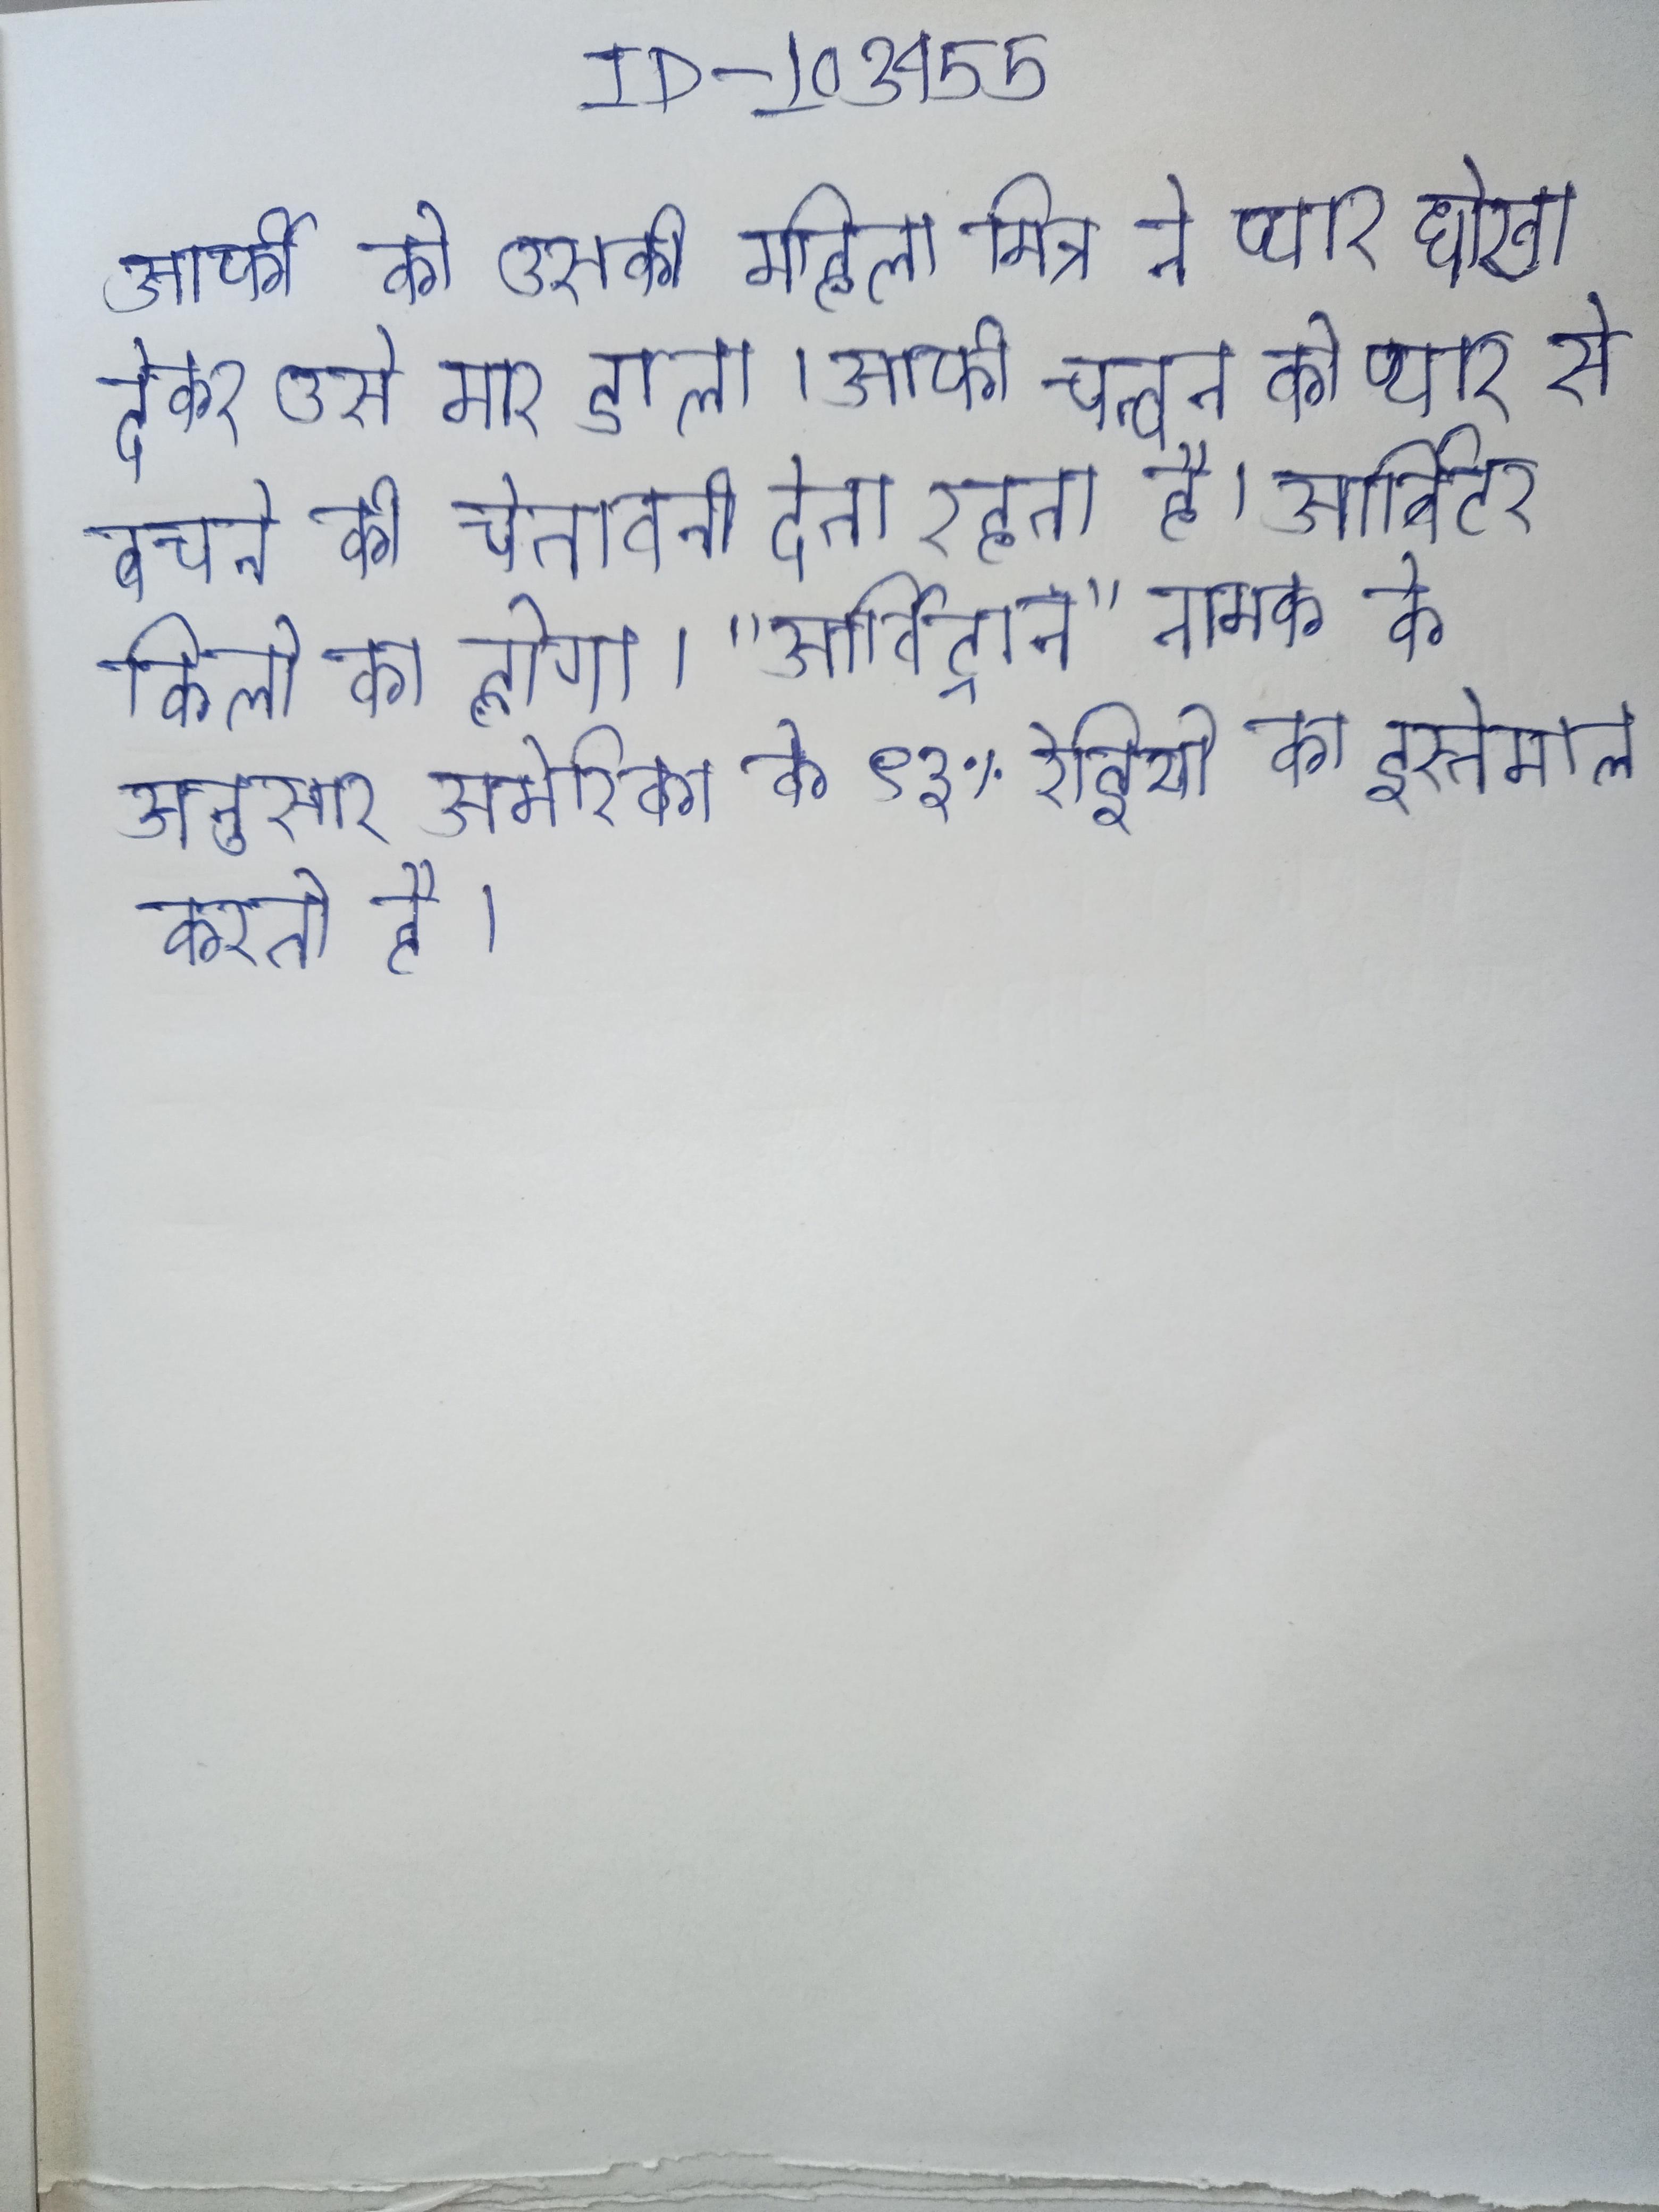
आर्फी को उसकी महिला मित्र ने प्यार धोखा देकर उसे मार डाला । आर्फी चन्दन को प्यार से बचने की चेतावनी देता रहता है । आर्बिटर किलो का होगा । "आर्बिट्रान" नामक के अनुसार अमेरिका के ९३% रेडियो का इस्तेमाल करती है ।